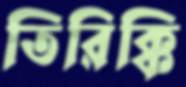
তিরিক্কি